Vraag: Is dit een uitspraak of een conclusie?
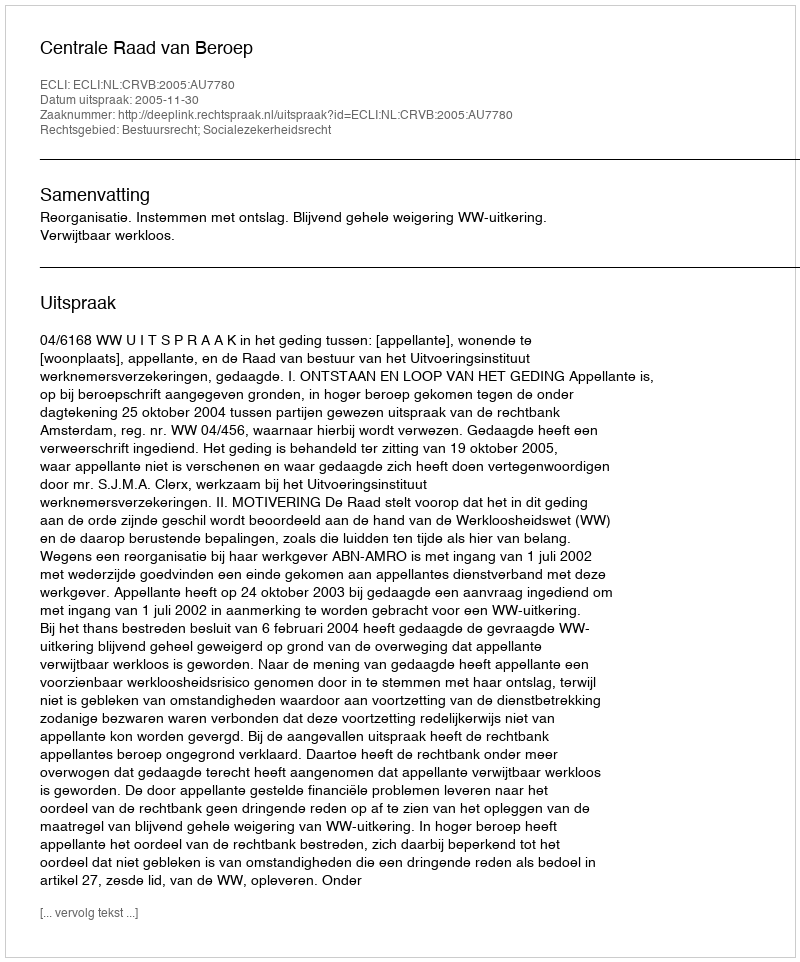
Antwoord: Uitspraak